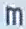
m